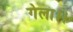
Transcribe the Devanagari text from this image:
गेला।।